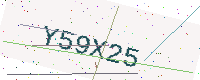
Text: Y59X25